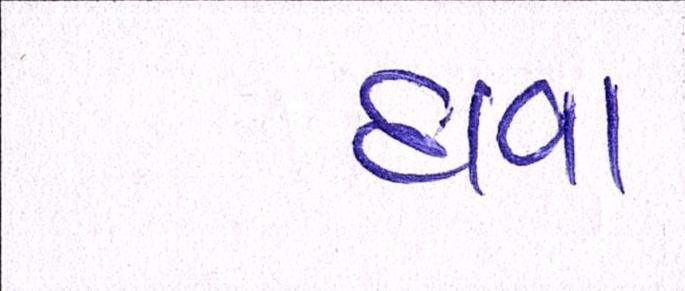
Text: દાવા